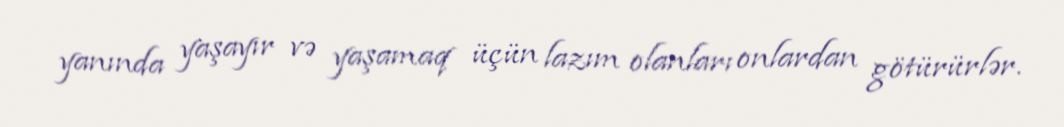
yanında yaşayır və yaşamaq üçün lazım olanları onlardan götürürlər.